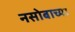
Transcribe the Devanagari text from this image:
नसोबाच्या